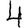
Digit: 4